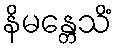
နိမန္တေသိံ